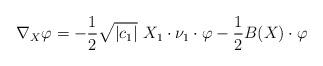
LaTeX: \begin{align*}\nabla_X \varphi = -\frac{1}{2}\sqrt{|c_1|}\ X_1 \cdot \nu_1\cdot \varphi - \frac{1}{2}B(X)\cdot \varphi\end{align*}